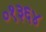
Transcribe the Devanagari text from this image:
०१३६४